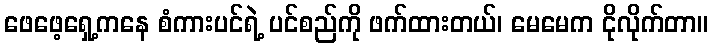
ဖေဖေ့ရှေ့ကနေ စံကားပင်ရဲ့ ပင်စည်ကို ဖက်ထားတယ်၊ မေမေက ငိုလိုက်တာ။